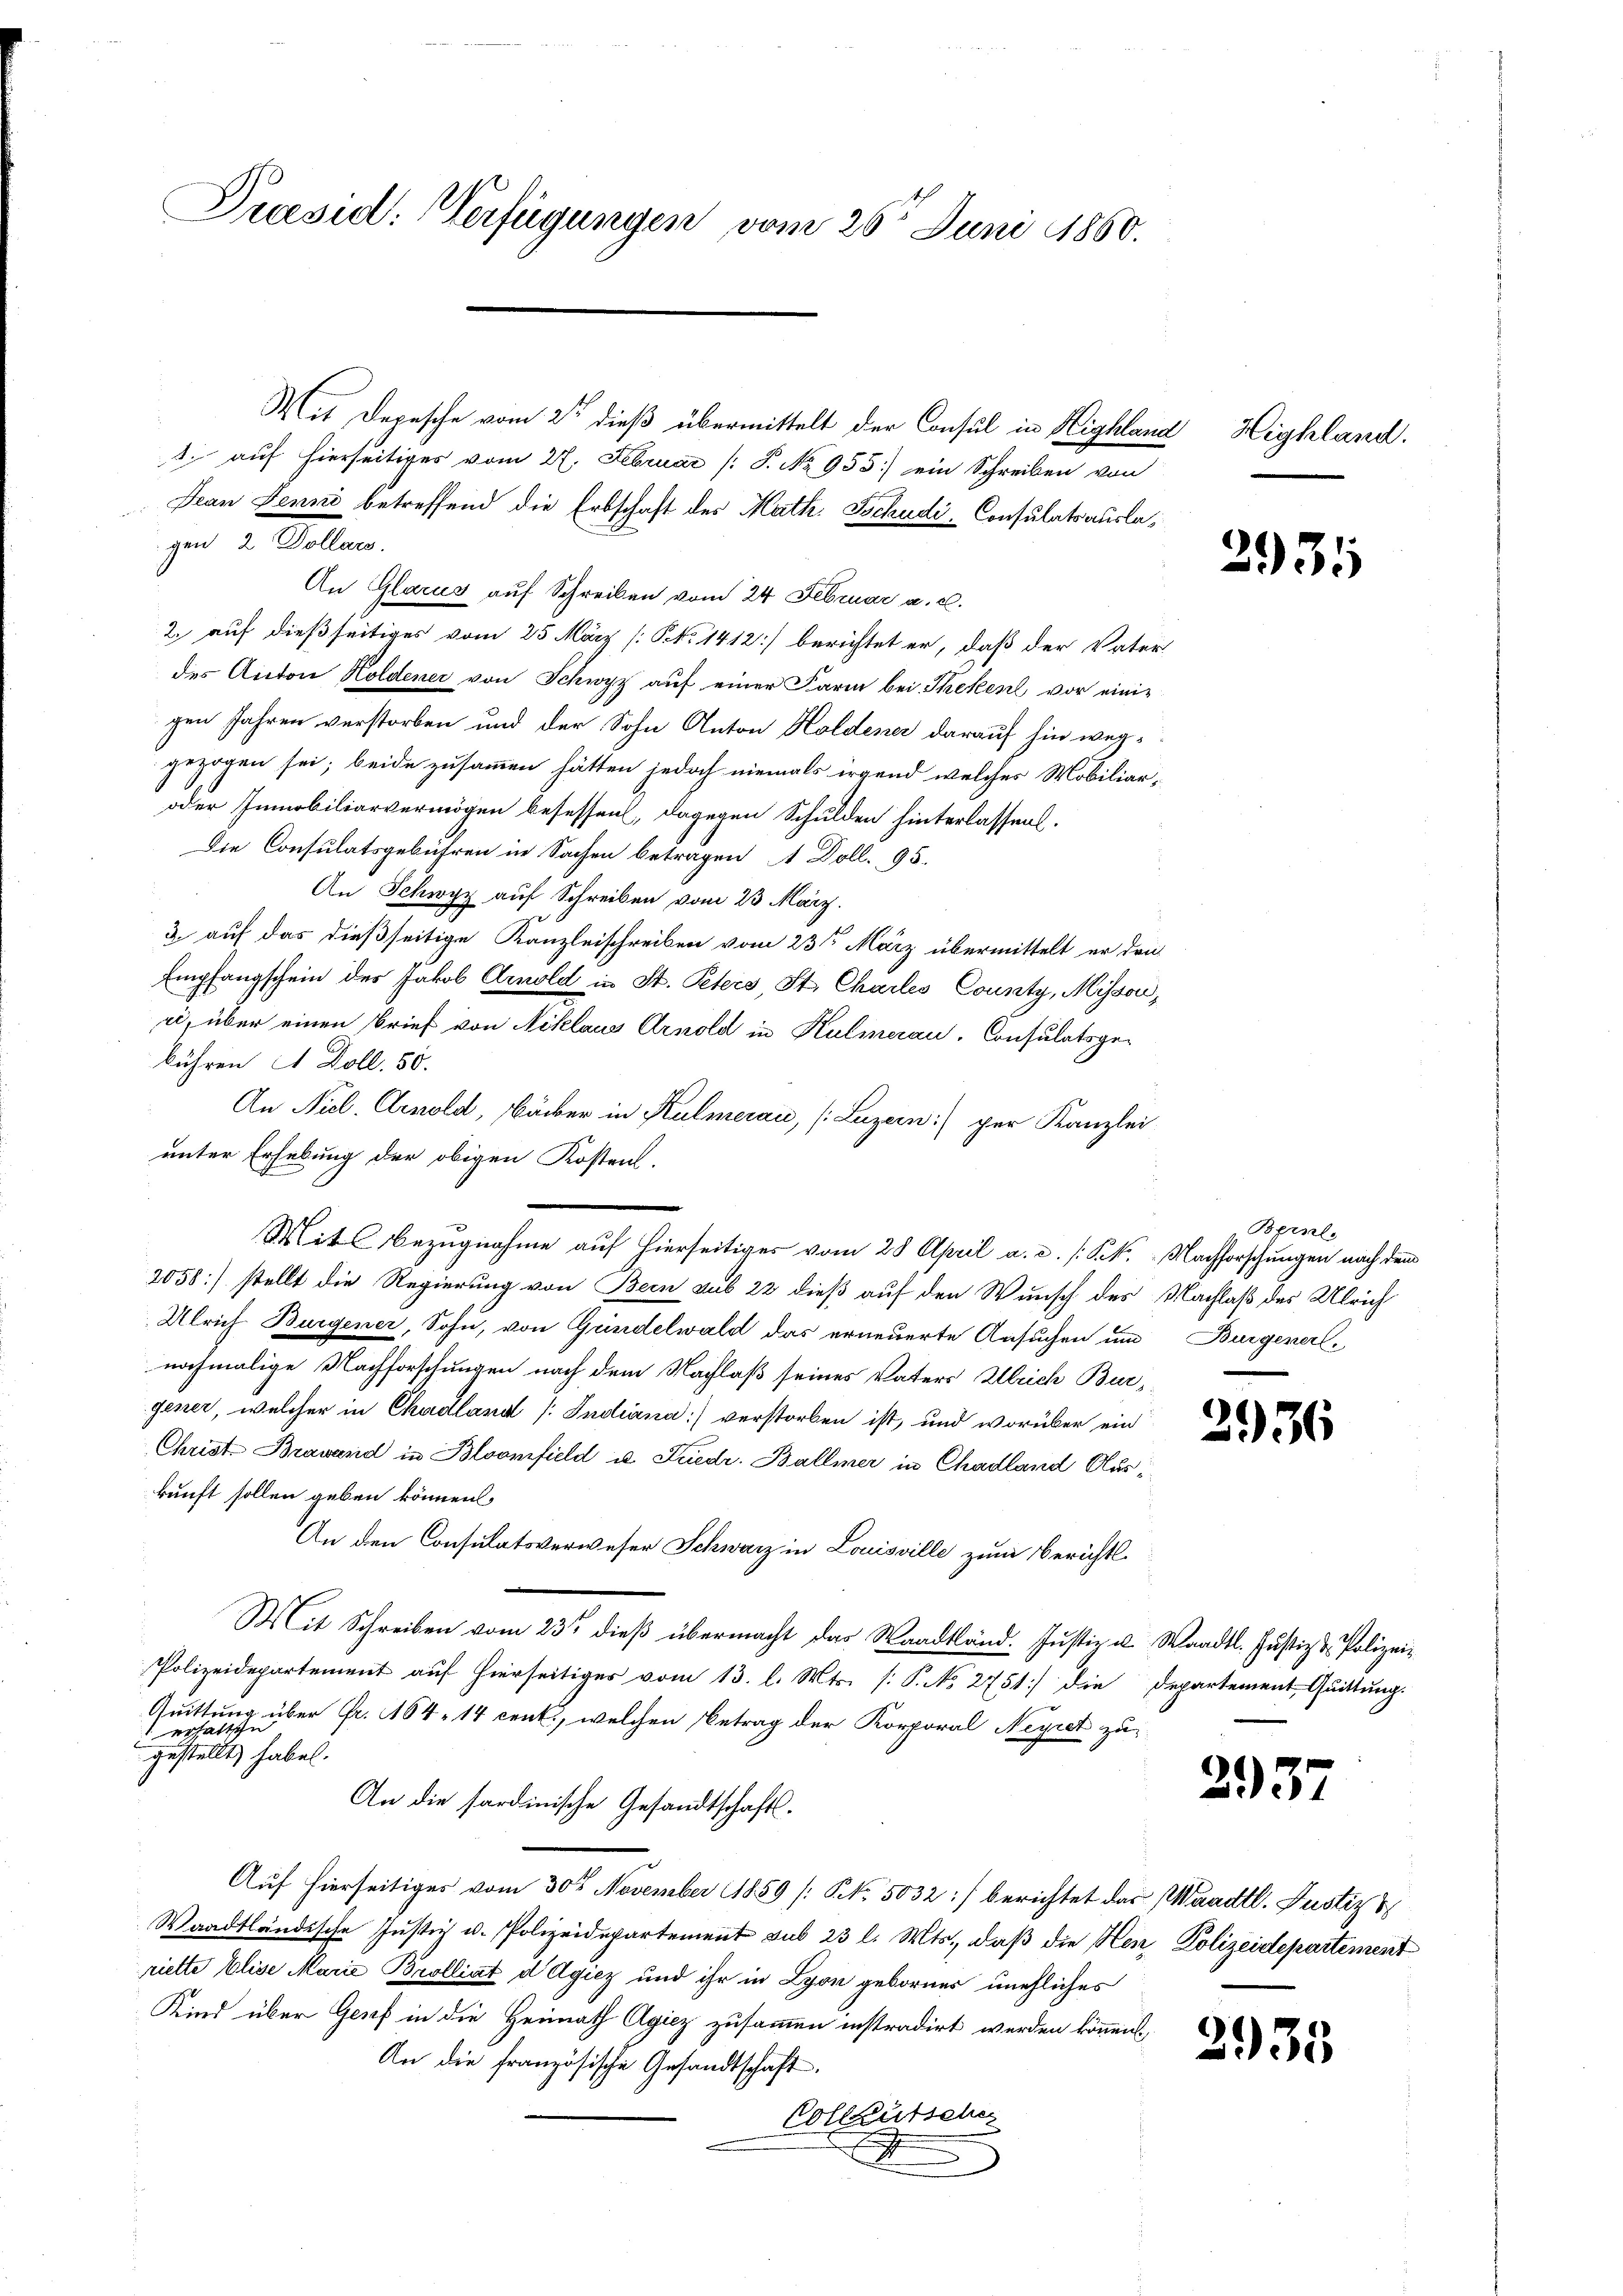
Praesid: Verfügungen vom 26t Juni 1860.

Mit Depesche vom 2ten dieß übermittelt der Consul in Highland Highland.
1. auf hierseitiges vom 27. Februar (S. No. 955.) ein Schreiben von
Jean Jenne betreffend die Erbschaft des Math. Schudi Consulatsausla¬
An Glarus auf Schreiben vom 24. Februar a. c.
2. auf dießseitiges vom 25. März [No 1412] berichtet er, daß der Vater-
des Anton Holdener von Schwyz auf einer Farm bei Theken vor einigen Jahren verstorben und der Sohn Anton Holdener darauf hin weggezogen sei; beide zusammen hätten jedoch niemals irgend welches Mobiliar-
oder Immobiliarvermögen besessen, dagegen Schulden hinterlassen.
Die Consulatsgebühren in Sachen betragen, 1 Doll. 95.
An Schwyz auf Schreiben vom 23 März.
3 auf das dießseitige Kanzleischreiben vom 23sten März übermittelt er den
Empfangschein des Jakob Arnold in St. Peters, St. Charles County, Misson,
ri, über einen Brief von Niklaus Arnold in Kulmerau, Consulatsge-
bühren et Doll. 50.
An Nicl. Arnold, Bäcker in Kulmerau, (Luzern) per Kanzlei
unter Erhebung der obigen Kostent.
Mit Bezugnahme auf hierseitiges vom 28 April a. c. /: K. k. Nachforschungen nach dem
2058) stellt die Regierung von Bern sub 22 dieß auf den Wunsch des Nachlaß des Ulrich
Ulrich Burgener, Sohn, von Gündelwald das erneuerte Ansuchen und Burgenerl
nochmalige Nachforschungen nach dem Nachlaß seines Vaters Ulrich Burgener, welcher in Chudland /: Indina) verstorben ist, und worüber ein
Christ. Brawand in Bloomfield u. Friedr. Ballmer in Chadland Auskunft sollen geben können.
An den Consulatsverweser Schwarz in Louisville zum Berichts-
Mit Schreiben vom 23t dieß übermacht das Waadtländ. Justiz u. Waadt. Justiz & Polizei¬
Polizeidepartement auf hierseitiges vom 13. l. Mts. [P. No. 2751] die Departement Quittung.
Quittung über Fr. 164. 14 cenk., welchen Betrag der Korporal Neyret zu
 erhaltsche
gestellt haben.
An die sardinische Gesandtschafts¬
Auf hierseitiges vom 30. November 1859 (S. 5032:/ berichtet das Waadt. Justiz &
Waadtländische Justiz u. Polizeidepartement sub 23 l. Mts., daß die Hen, Polizeidepartement
riette Elise Marie Brolliat d Agiez und ihr in Lyon gebornes unehliches
Kind über Genf in die Heimath Agicz zusammen instradirt werden können
An die französische Gesandtschaft.
Colleutscher
.

gen 2 Dollacs.

2.

3931

Bersle

2937

s

2935